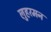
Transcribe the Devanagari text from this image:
लुहरमन